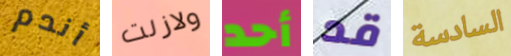
أندم ولازلت أحد قد السادسة